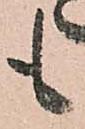
も